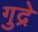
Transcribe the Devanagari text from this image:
गुद्रे